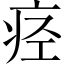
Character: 痉